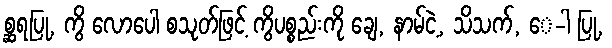
စ္ဆရပြု, ကွိ လောပေါ စသုတ်ဖြင့် ကွိပစ္စည်းကို ချေ, နာမ်ငဲ့, သိသက်, ေ-ါ ပြု,